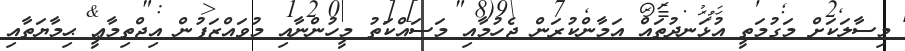
މިސާލަކަށް މަގުމަތީ އުޅަނދުތައް އަމާންކުރަން ޖެހުމާއި މަސައްކަތު މީހުންނާއި މުވައްޒަފުން އިޖްތިމާޢީ ޙިމާޔަތާއި